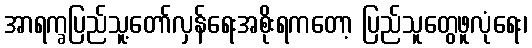
အာရက္ခပြည်သူ့တော်လှန်ရေးအစိုးရကတော့ ပြည်သူတွေဖူလုံရေး၊